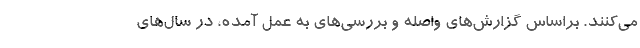
می‌کنند. براساس گزارش‌های واصله و بررسی‌های به عمل آمده، در سال‌های